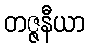
တဇ္ဇနီယာ